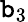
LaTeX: \mathtt{b}_{3}